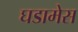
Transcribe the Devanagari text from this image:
घडामेस